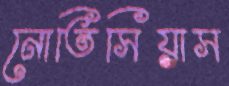
নোতিসিয়াস